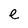
Character: e